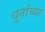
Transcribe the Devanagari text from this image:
धूर्तांच्या